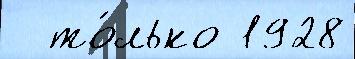
  то́лько 1928